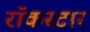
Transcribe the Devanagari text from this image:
रॉकस्‍टार